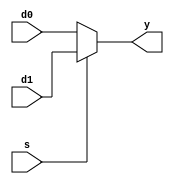
module muxDos (d0, d1, s, y);
    input [31:0] d0, d1;
    input s;
    output [31:0] y;

    assign y = s ? d1 : d0;

endmodule

module muxCuatro (d0, d1, d2, d3, s, y);
    input [31:0] d0, d1, d2, d3;
    input [1:0] s;
    output [31:0] y;

    wire [31:0] n0, n1;

    muxDos mm0 (d0, d1, s[0], n0);
    muxDos mm1 (d2, d3, s[0], n1);

    muxDos mmm (n0, n1, s[1], y);

endmodule

//-------------------------------------------------------------

module Adder (Sa, Sb, Sum);
    input [31:0] Sa, Sb;
    output [31:0] Sum;

    wire [32:0] Aux;

    assign Aux = Sa + Sb;

    assign Sum = Aux[31:0];

endmodule

//-------------------------------------------------------------

module zeroExt (bitIn, wordOut);
    input bitIn;
    output [31:0] wordOut;

    assign wordOut = {31'b0, bitIn};

endmodule

//-------------------------------------------------------------

module alu (AluOp, A, B, Result, Zero);
    input [3:0] AluOp;
    input [31:0] A, B;
    output [31:0] Result;
    output Zero;

    wire [31:0] minusB, selB, AplusB, AlessthanB, selArit, AandB, AorB, AxorB, selLog;

    //Parte Aritmetica
    assign minusB = ~B + 1;

    muxDos mxB (B, minusB, AluOp[1], selB);

    Adder apb (A, selB, AplusB);

    zeroExt slt (AplusB[31], AlessthanB);

    muxDos mxArit (AplusB, AlessthanB, AluOp[3], selArit);


    //Parte Logica
    assign AandB = A & B;

    assign AorB = A | B;

    assign AxorB = A ^ B;

    muxCuatro mxLog (AandB, AorB, AxorB, ~AorB, AluOp[1:0], selLog);


    //Parte final
    muxDos mxfinal (selArit, selLog, AluOp[2], Result);

    assign Zero = ~( | Result);

endmodule